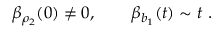
\beta _ { \rho _ { 2 } } ( 0 ) \not = 0 , \qquad \beta _ { b _ { 1 } } ( t ) \sim t \ .